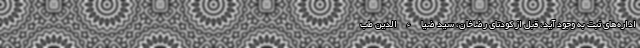
اداره‌های ثبت به وجود آید، قبل از کودتای رضاخان، سید ضیاءالدین طب